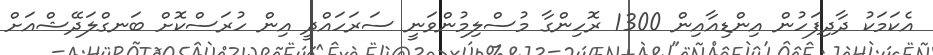
އެކަމަކު ދާދިފަހުން އިންޑިއާއިން 1300 ރޮހިންގާ މުސްލިމުންވަނީ ސަރަހައްދީ އިން ހުރަސްކޮށް ބަނގްލަދޭޝްއަށް